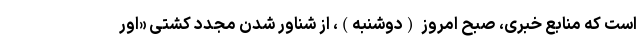
است که منابع خبری، صبح امروز (دوشنبه)، از شناور شدن مجدد کشتی «اِوِر